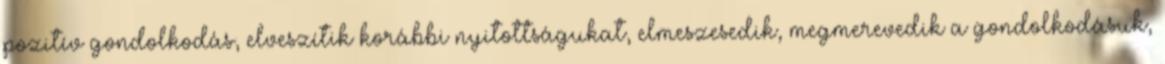
pozi­tív gon­dol­ko­dás, elve­szí­tik korábbi nyi­tott­sá­gu­kat, elme­sze­se­dik, meg­me­re­ve­dik a gon­dol­ko­dá­suk,